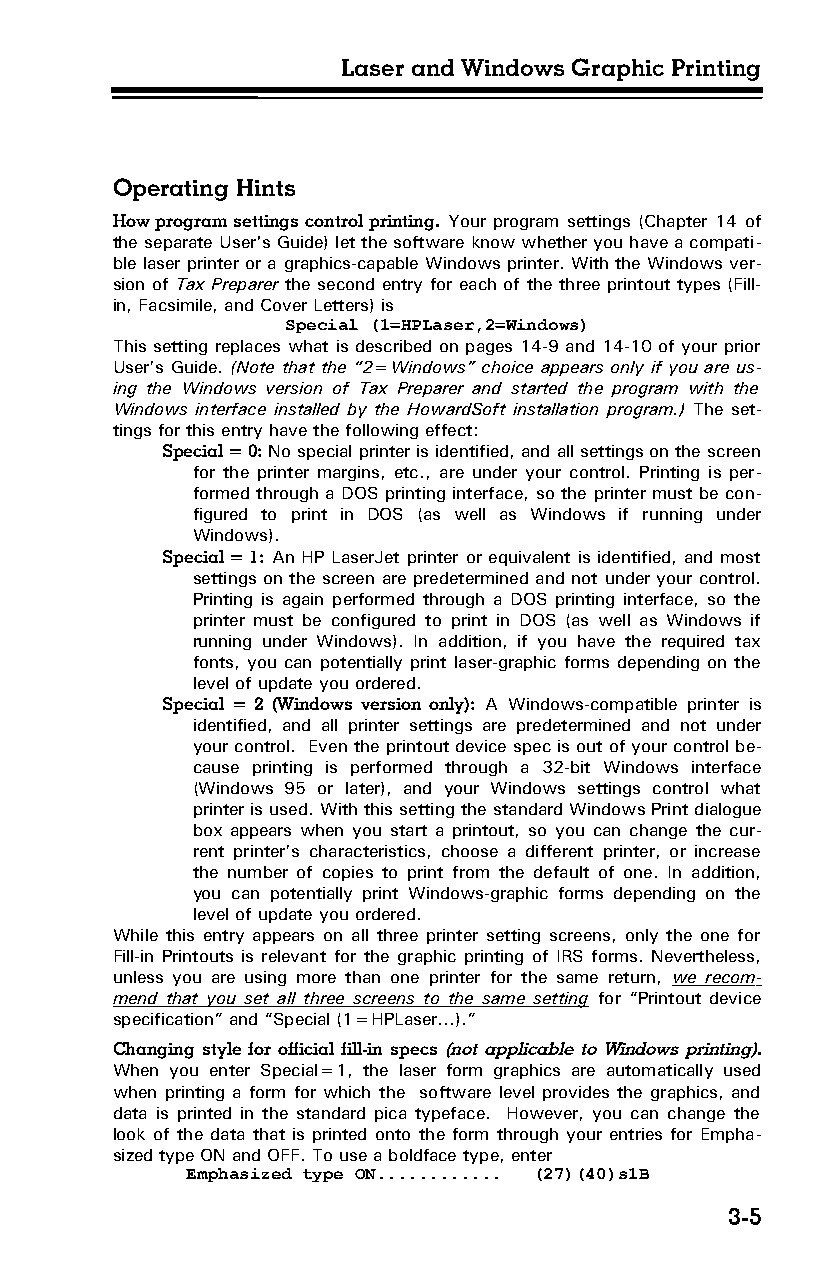
Laser and Windows Graphic Printing
 Operating Hints
 How program settings control printing. Your program settings (Chapter 14 of
 the separate User's Guide) let the software know whether you have a compati­
 ble laser printer or a graphics-capable Windows printer. With the Windows ver­
 sion of Tax Preparer the second entry for each of the three printout types (Fill-
 in, Facsimile, and Cover Letters) is
 Special (1=HPLaser,2=Windows)
 This setting replaces what is described on pages 14-9 and 14-10 of your prior
 User’s Guide. (Note that the “2=Windows” choice appears only if you are us­
 ing the Windows version of Tax Preparer and started the program with the
 Windows interface installed by the HowardSoft installation program.) The set­
 tings for this entry have the following effect:
 Special = 0: No special printer is identified, and all settings on the screen
 for the printer margins, etc., are under your control. Printing is per­
 formed through a DOS printing interface, so the printer must be con­
 figured to print in DOS (as well as Windows if running under
 Windows).
 Special = 1: An HP LaserJet printer or equivalent is identified, and most
 settings on the screen are predetermined and not under your control.
 Printing is again performed through a DOS printing interface, so the
 printer must be configured to print in DOS (as well as Windows if
 running under Windows). In addition, if you have the required tax
 fonts, you can potentially print laser-graphic forms depending on the
 level of update you ordered.
 Special = 2 (Windows version only): A Windows-compatible printer is
 identified, and all printer settings are predetermined and not under
 your control. Even the printout device spec is out of your control be­
 cause printing is performed through a 32-bit Windows interface
 (Windows 95 or later), and your Windows settings control what
 printer is used. With this setting the standard Windows Print dialogue
 box appears when you start a printout, so you can change the cur­
 rent printer’s characteristics, choose a different printer, or increase
 the number of copies to print from the default of one. In addition,
 you can potentially print Windows-graphic forms depending on the
 level of update you ordered.
 While this entry appears on all three printer setting screens, only the one for
 Fill-in Printouts is relevant for the graphic printing of IRS forms. Nevertheless,
 unless you are using more than one printer for the same return, we recom­
 mend that you set all three screens to the same setting for “Printout device
 specification” and “Special (1=HPLaser…).”
 Changing style for official fill-in specs (not applicable to Windows printing).
 When you enter Special=1, the laser form graphics are automatically used
 when printing a form for which the software level provides the graphics, and
 data is printed in the standard pica typeface. However, you can change the
 look of the data that is printed onto the form through your entries for Empha­
 sized type ON and OFF. To use a boldface type, enter
 Emphasized type ON............ (27)(40)s1B
 3-5